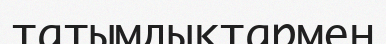
татымдықтармен